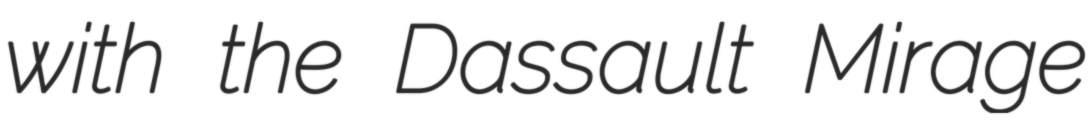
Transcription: with the Dassault Mirage